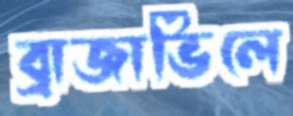
ব্রাজাভিলে